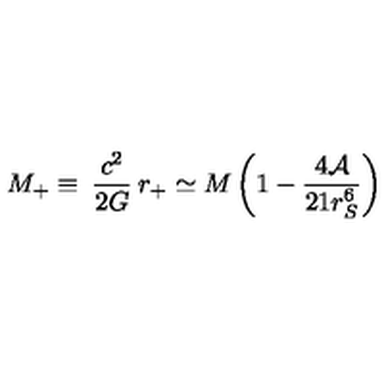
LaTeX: M _ { + } \equiv \: \frac { c ^ { 2 } } { 2 G } \: r _ { + } \simeq M \left( 1 - \frac { 4 { \cal A } } { 2 1 r _ { S } ^ { 6 } } \right)